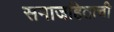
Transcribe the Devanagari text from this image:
समाजहिताची